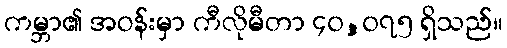
ကမ္ဘာ၏ အဝန်းမှာ ကီလိုမီတာ ၄၀,၀၇၅ ရှိသည်။